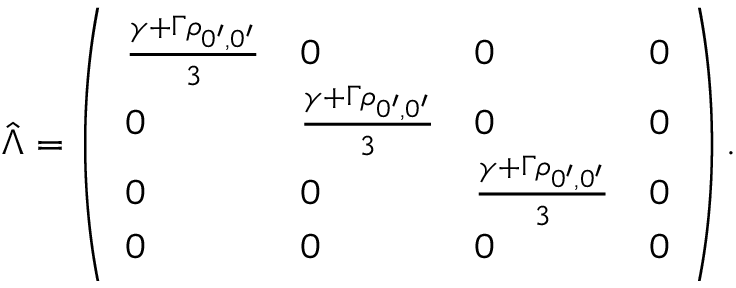
\hat { \Lambda } = \left( \begin{array} { l l l l } { \frac { \gamma + \Gamma \rho _ { 0 ^ { \prime } , 0 ^ { \prime } } } { 3 } } & { 0 } & { 0 } & { 0 } \\ { 0 } & { \frac { \gamma + \Gamma \rho _ { 0 ^ { \prime } , 0 ^ { \prime } } } { 3 } } & { 0 } & { 0 } \\ { 0 } & { 0 } & { \frac { \gamma + \Gamma \rho _ { 0 ^ { \prime } , 0 ^ { \prime } } } { 3 } } & { 0 } \\ { 0 } & { 0 } & { 0 } & { 0 } \end{array} \right) .